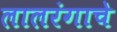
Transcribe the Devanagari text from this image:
लालरंगाचे